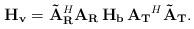
LaTeX: \begin{align*}{\bf H_{v}} = {\bf \tilde{A}_{R}}^{H} {\bf A_{R} \, H_{b} \,} {\bf A_{T}}^{H} {\bf \tilde{A}_{T}}.\end{align*}